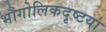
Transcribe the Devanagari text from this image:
भौगोलिकदृष्टया